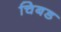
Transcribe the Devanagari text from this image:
चिबड